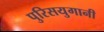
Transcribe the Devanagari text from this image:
पुरिसयुगानी